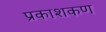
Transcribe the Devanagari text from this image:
प्रकाशकण